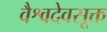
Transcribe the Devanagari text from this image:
वैश्वदेवसूक्त